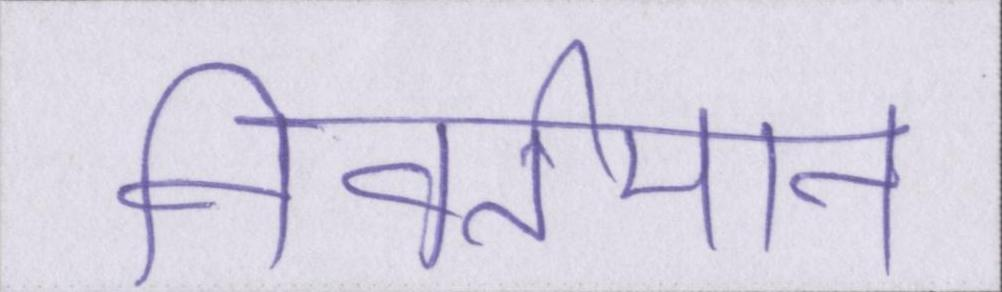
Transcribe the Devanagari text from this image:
निवर्तमान